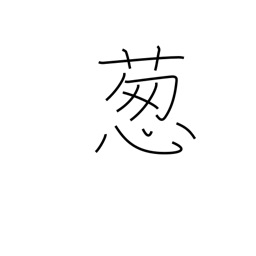
Meaning: Welsh onion